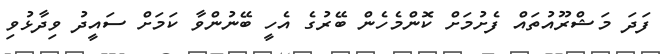
ފަދަ މަޝްރޫއުތައް ފެށުމަށް ކޮންމެހެން ބޭރުގެ އެހީ ބޭނުންވާ ކަމަށް ސައީދު ވިދާޅުވި